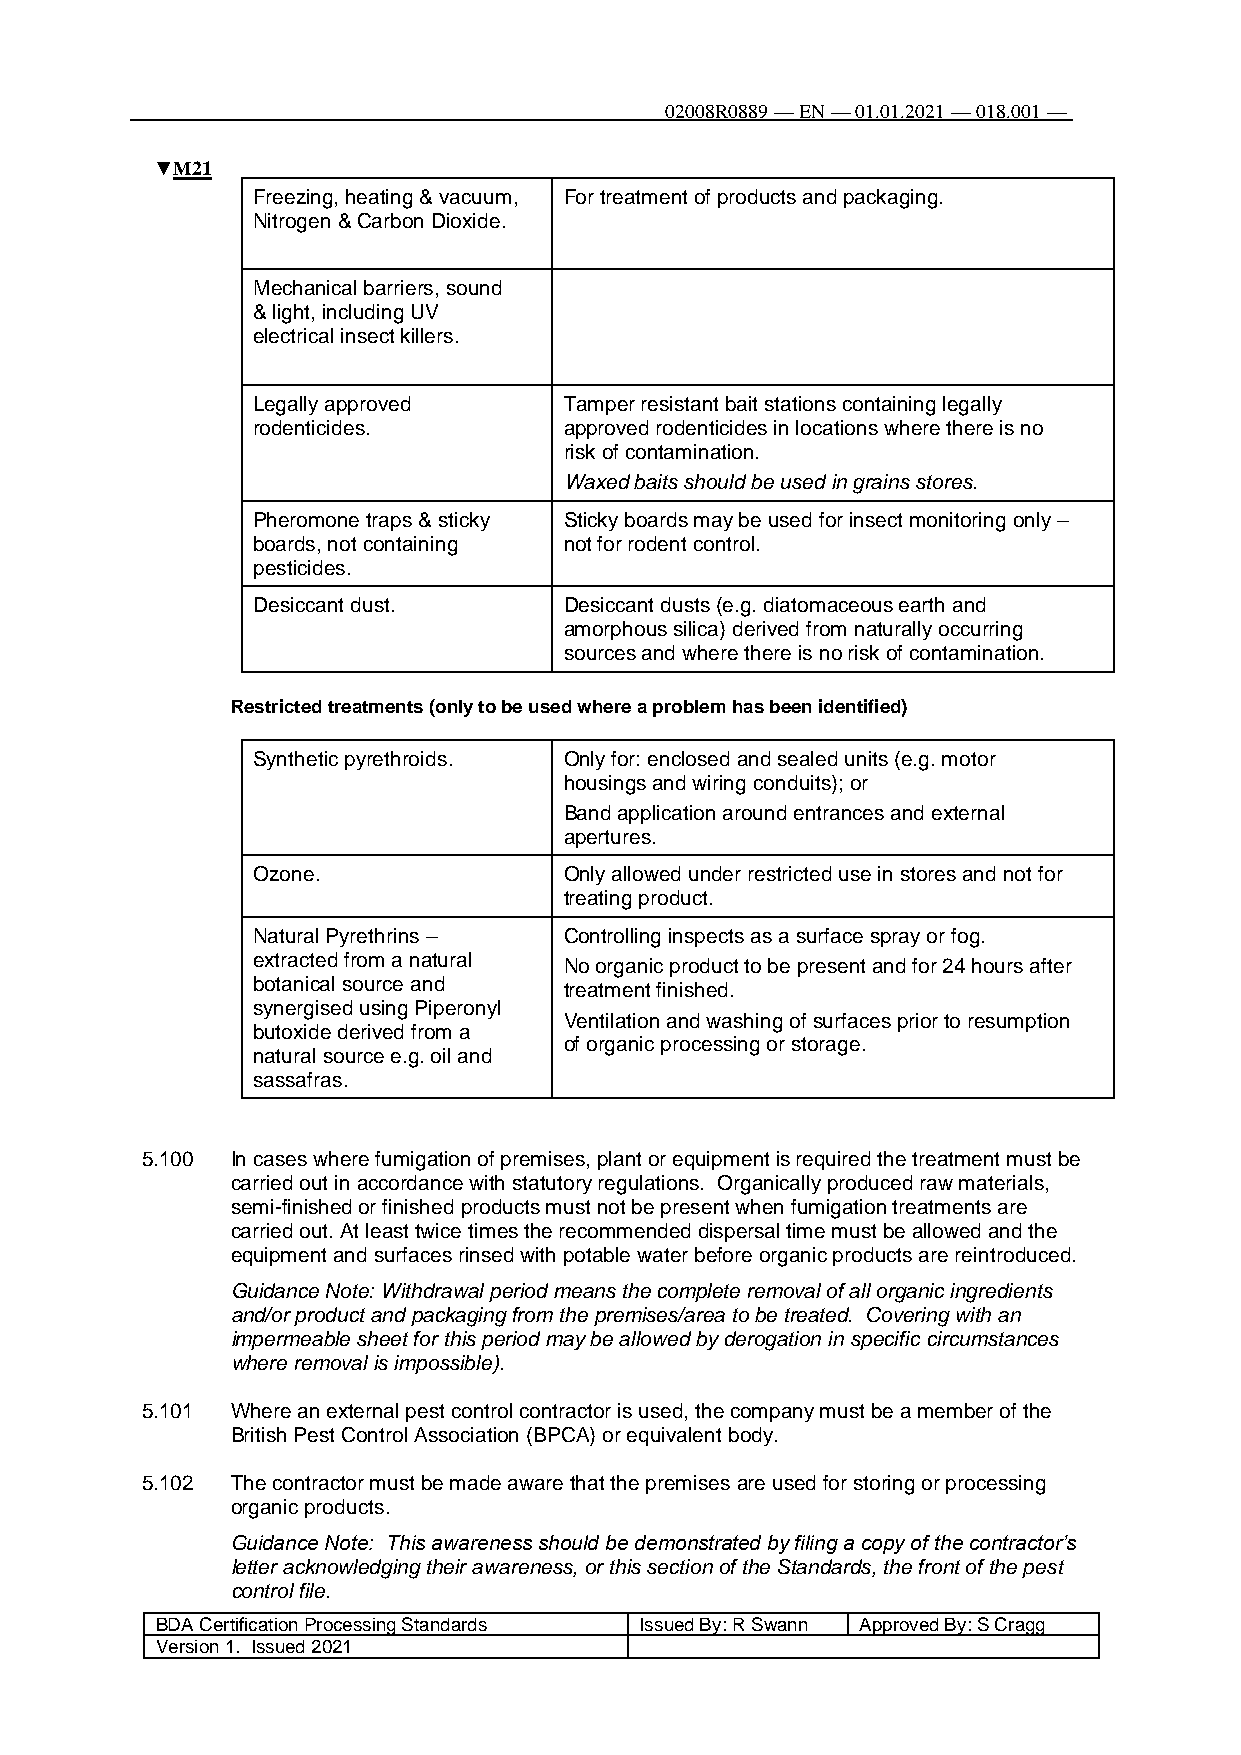
02008R0889 — EN — 01.01.2021 — 018.001 —
 104
 ▼M21
 Freezing, heating & vacuum, For treatment of products and packaging.
 Nitrogen & Carbon Dioxide.
 Mechanical barriers, sound
 & light, including UV
 electrical insect killers.
 Legally approved    Tamper resistant bait stations containing legally
 rodenticides.       approved rodenticides in locations where there is no
 risk of contamination.
 Waxed baits should be used in grains stores.
 Pheromone traps & sticky Sticky boards may be used for insect monitoring only –
 boards, not containing not for rodent control.
 pesticides.
 Desiccant dust.     Desiccant dusts (e.g. diatomaceous earth and
 amorphous silica) derived from naturally occurring
 sources and where there is no risk of contamination.
 Restricted treatments (only to be used where a problem has been identified)
 Synthetic pyrethroids. Only for: enclosed and sealed units (e.g. motor
 housings and wiring conduits); or
 Band application around entrances and external
 apertures.
 Ozone.              Only allowed under restricted use in stores and not for
 treating product.
 Natural Pyrethrins – Controlling inspects as a surface spray or fog.
 extracted from a natural No organic product to be present and for 24 hours after
 botanical source and treatment finished.
 synergised using Piperonyl
 Ventilation and washing of surfaces prior to resumption
 butoxide derived from a
 of organic processing or storage.
 natural source e.g. oil and
 sassafras.
 5.100 In cases where fumigation of premises, plant or equipment is required the treatment must be
 carried out in accordance with statutory regulations. Organically produced raw materials,
 semi-finished or finished products must not be present when fumigation treatments are
 carried out. At least twice times the recommended dispersal time must be allowed and the
 equipment and surfaces rinsed with potable water before organic products are reintroduced.
 Guidance Note: Withdrawal period means the complete removal of all organic ingredients
 and/or product and packaging from the premises/area to be treated. Covering with an
 impermeable sheet for this period may be allowed by derogation in specific circumstances
 where removal is impossible).
 5.101 Where an external pest control contractor is used, the company must be a member of the
 British Pest Control Association (BPCA) or equivalent body.
 5.102 The contractor must be made aware that the premises are used for storing or processing
 organic products.
 Guidance Note: This awareness should be demonstrated by filing a copy of the contractor’s
 letter acknowledging their awareness, or this section of the Standards, the front of the pest
 control file.
 BDA Certification Processing Standards Issued By: R Swann Approved By: S Cragg
 Version 1. Issued 2021